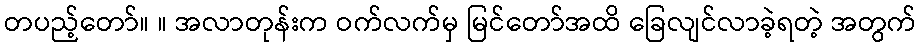
တပည့်တော်။ ။ အလာတုန်းက ဝက်လက်မှ မြင်တော်အထိ ခြေလျင်လာခဲ့ရတဲ့ အတွက်